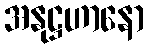
အနုဋ္ဌဟာနော